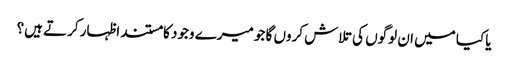
یا کیا میں ان لوگوں کی تلاش کروں گا جو میرے وجود کا مستند اظہار کرتے ہیں؟